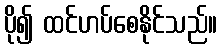
ပို၍ ထင်ဟပ်စေနိုင်သည်။